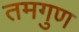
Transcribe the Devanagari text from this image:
तमगुण